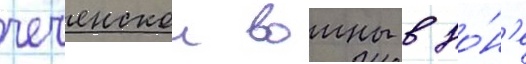
чеченскои воины в зо́н'е